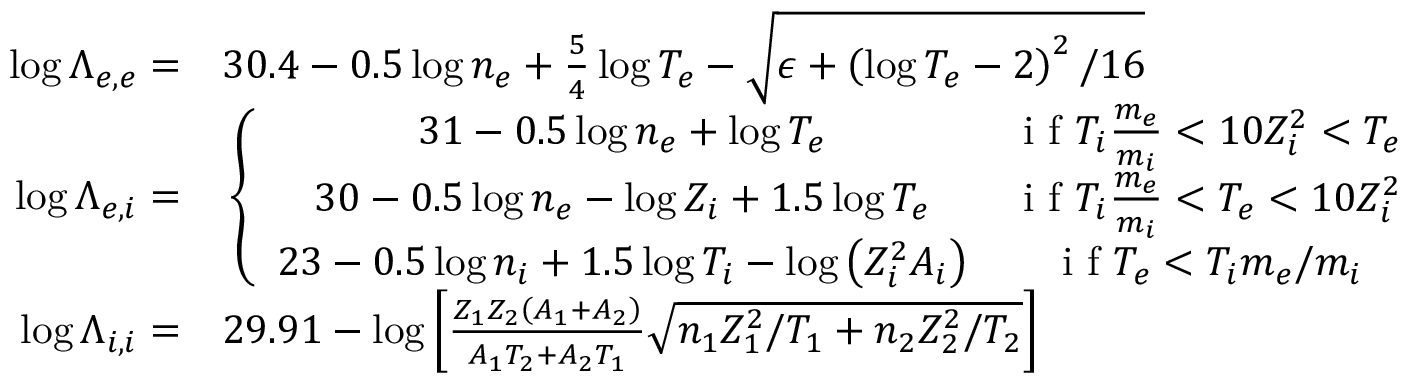
\begin{array} { r l } { \log \Lambda _ { e , e } = } & { { } 3 0 . 4 - 0 . 5 \log n _ { e } + \frac { 5 } { 4 } \log T _ { e } - \sqrt { \epsilon + \left( \log T _ { e } - 2 \right) ^ { 2 } / 1 6 } } \\ { \log \Lambda _ { e , i } = } & { { } \left\{ \begin{array} { c c } { 3 1 - 0 . 5 \log n _ { e } + \log T _ { e } } & { \textrm { i f } T _ { i } \frac { m _ { e } } { m _ { i } } < 1 0 Z _ { i } ^ { 2 } < T _ { e } } \\ { 3 0 - 0 . 5 \log n _ { e } - \log Z _ { i } + 1 . 5 \log T _ { e } } & { \textrm { i f } T _ { i } \frac { m _ { e } } { m _ { i } } < T _ { e } < 1 0 Z _ { i } ^ { 2 } } \\ { 2 3 - 0 . 5 \log n _ { i } + 1 . 5 \log T _ { i } - \log \left( Z _ { i } ^ { 2 } A _ { i } \right) } & { \textrm { i f } T _ { e } < T _ { i } m _ { e } / m _ { i } } \end{array} \right. } \\ { \log \Lambda _ { i , i } = } & { { } 2 9 . 9 1 - \log \left[ \frac { Z _ { 1 } Z _ { 2 } \left( A _ { 1 } + A _ { 2 } \right) } { A _ { 1 } T _ { 2 } + A _ { 2 } T _ { 1 } } \sqrt { n _ { 1 } Z _ { 1 } ^ { 2 } / T _ { 1 } + n _ { 2 } Z _ { 2 } ^ { 2 } / T _ { 2 } } \right] } \end{array}